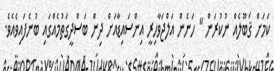
ކަމަށް ޤަބޫލެއް ނުކުރަން " ހަނެން އަލްޖަވާހިރީ އިންސައިޑާއަށް ދިން ބަސްދީގަތުމެއްގައި ބުނެފައިވެއެވެ.